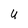
Character: U